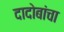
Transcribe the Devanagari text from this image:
दादोबांचा